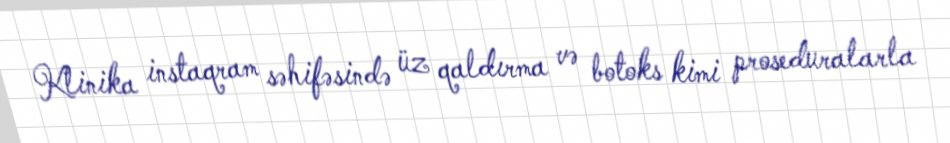
Klinika instaqram səhifəsində üz qaldırma və botoks kimi proseduralarla